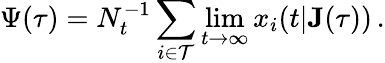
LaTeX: \Psi(\tau)=N_{t}^{-1}\sum_{i\in\mathcal{T}}\operatorname*{lim}_{t\rightarrow\infty}x_{i}(t|\mathbf{J}(\tau))\, .